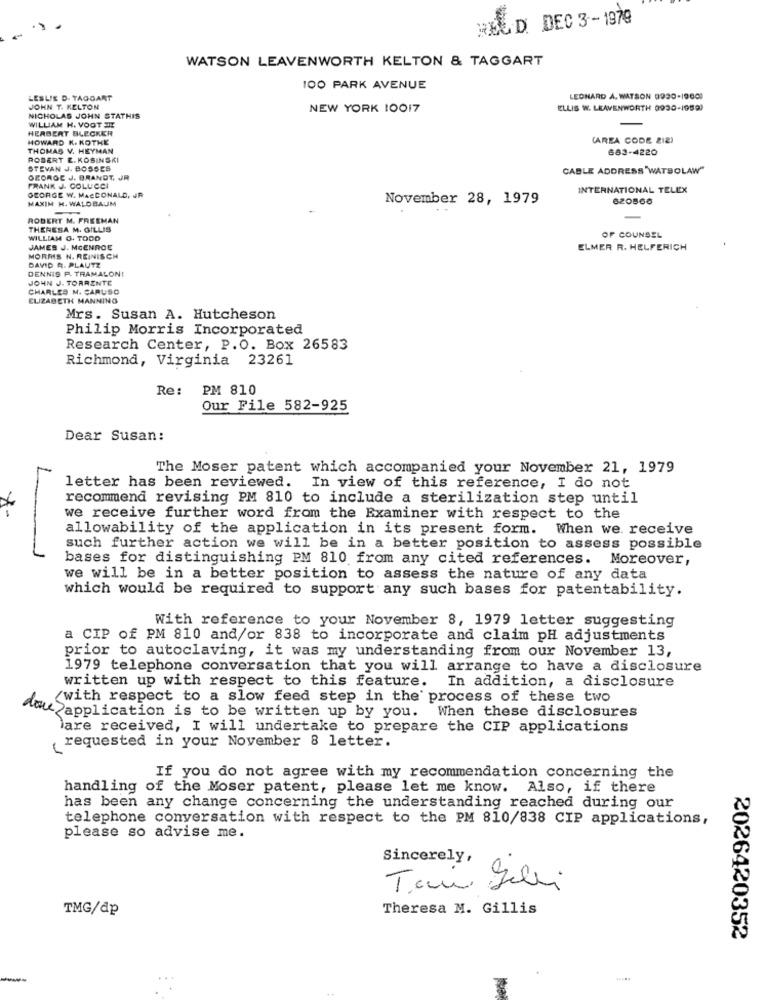
HELD. DEC 3 -1979
WATSON LEAVENWORTH KELTON & TAGGART
100 PARK AVENUE
LESLIE D. TAGGART
LEONARD A. WATSON 9990-19600
JOHN T. KELTON
NEW YORK 10017
ELLIS W. LEAVENWORTH 0930-19590
NICHOLAS JOHN STATHIS
HERBERT BLECKER
WILLIAM H. VOOT JE
HOWARD K. KOTHE
(AREA CODE 212)
THOMAS V. HEYMAN
683-4220
ROBERT E. KOSINSKI
STEVAN J. BOSSES
CABLE ADDRESS WATSOLAW"
GEORGE J. BRANDT, JR
PRANK J. COLUCCI
INTERNATIONAL TELEX
GEORGE W. MACDONALD, JR
MAXIM H. WALDBAUM
November 28, 1979
620866
ROBERT M. FREEMAN
-
THERESA M. GILLIS
WILLIAM O. TODD
OF COUNSEL
JAMES J. MCENROE
ELMER R. HELFERICH
MORMS N. REINISCH
DAVID R. PLAUTZ
DENNIS P. TRAMALONI
JOHN J. TORRENTE
CHARLES M. CARUSO
ELIZABETH MANNING
Mrs. Susan A. Hutcheson
Philip Morris Incorporated
Research Center, P.O. Box 26583
Richmond, Virginia 23261
Re:
PM 810
Our File 582-925
Dear Susan:
The Moser patent which accompanied your November 21, 1979
letter has been reviewed. In view of this reference, I do not
recommend revising PM 810 to include a sterilization step until
we receive further word from the Examiner with respect to the
allowability of the application in its present form. When we receive
such further action we will be in a better position to assess possible
bases for distinguishing PM 810 from any cited references. Moreover,
we will be in a better position to assess the nature of any data
which would be required to support any such bases for patentability.
With reference to your November 8, 1979 letter suggesting
a CIP of PM 810 and/or 838 to incorporate and claim pH adjustments
prior to autoclaving, it was my understanding from our November 13,
1979 telephone conversation that you will arrange to have a disclosure
written up with respect to this feature. In addition, a disclosure
(with respect to a slow feed step in the process of these two
doce application is to be written up by you. When these disclosures
lare received, I will undertake to prepare the CIP applications
requested in your November 8 letter.
If you do not agree with my recommendation concerning the
handling of the Moser patent, please let me know. Also, if there
has been any change concerning the understanding reached during our
telephone conversation with respect to the PM 810/838 CIP applications,
please so advise me.
Sincerely,
TMG/Ap
Theresa M. Gillis
2026420352
-